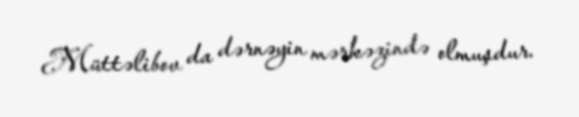
Müttəlibov da dərnəyin mərkəzində olmuşdur.